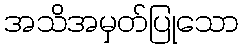
အသိအမှတ်ပြုသော